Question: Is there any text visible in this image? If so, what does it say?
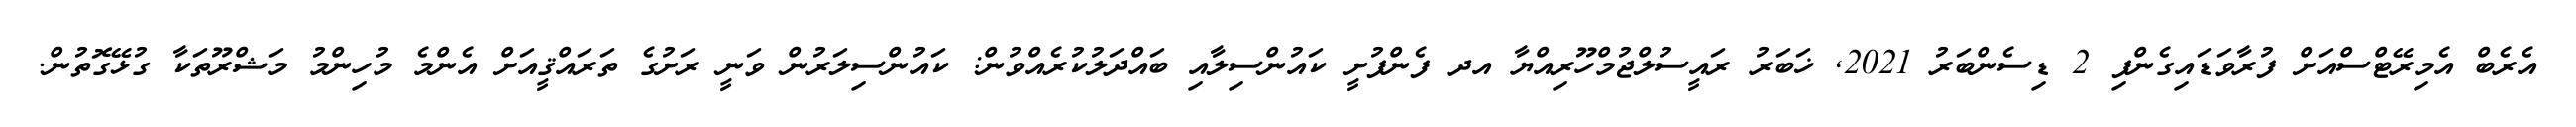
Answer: އެރެބް އެމިރޭޓްސްއަށް ފުރާވަޑައިގެންފި 2 ޑިސެންބަރު 2021, ޚަބަރު ރައީސުލްޖުމްހޫރިއްޔާ އދ ފެންފުށީ ކައުންސިލާއި ބައްދަލުކުރެއްވުން: ކައުންސިލަރުން ވަނީ ރަށުގެ ތަރައްޤީއަށް އެންމެ މުހިންމު މަޝްރޫތަކާ ގުޅޭގޮތުން.